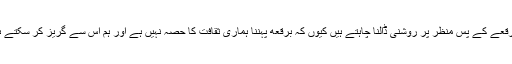
ہم برقعے کے پس منظر پر روشنی ڈالنا چاہتے ہیں کیوں کہ برقعه پہننا ہماری ثقافت کا حصہ نہیں ہے اور ہم اس سے گریز کر سکتے ہیں ۔